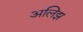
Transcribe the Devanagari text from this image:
अलिझ